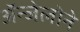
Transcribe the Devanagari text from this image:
ॲन्जेलोने